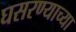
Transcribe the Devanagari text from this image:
घसरण्याच्या